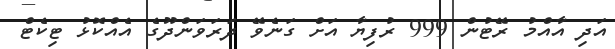
އަދި އާއްމު ރޭޓުން 999 ރުފިޔާ އަށް ގަނެވޭ ދަރަވަންދޫގެ އެއްކޮޅު ޓިކެޓް